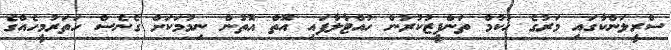
ސްރީލަންކާގައި މަރުގެ ހުކުމް ތަންފީޒުކުރުން ހުއްޓާލާފައި އޮތް އޮތުން ނިމުމަކަށް ގެނެސް ހަތަރުމީހެއްގެ